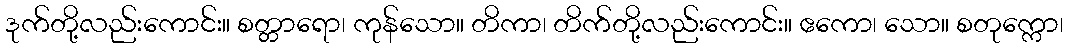
ဒုက်တို့လည်းကောင်း။ စတ္တာရော၊ ကုန်သော။ တိကာ၊ တိက်တို့လည်းကောင်း။ ဧကော၊ သော။ စတုက္ကော၊